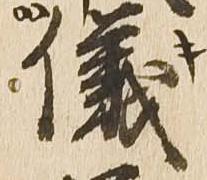
儀